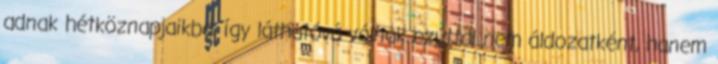
adnak hétköznapjaikba, így láthatóvá válnak ezúttal nem áldozatként, hanem